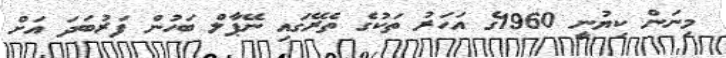
މިނަން ކިޔުނީ 1960ގެ އަހަރު ތަކުގެ ތެރޭގައި ނޭޕާލް ބަހުން ފަރުބަދަ އަށް